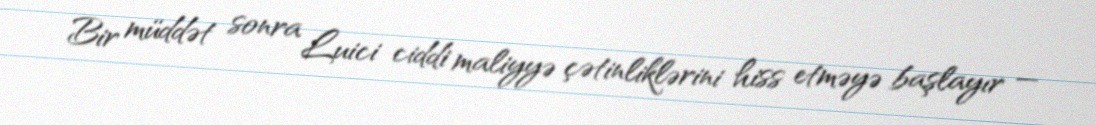
Bir müddət sonra Luici ciddi maliyyə çətinliklərini hiss etməyə başlayır —